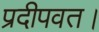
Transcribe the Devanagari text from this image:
प्रदीपवत।